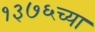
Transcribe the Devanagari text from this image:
१३७६च्या